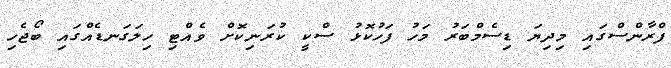
ފްރާންސްގައި މިދިޔަ ޑިސެމްބަރު މަހު ފަހުކޮޅު ސްކީ ކުރަނިކޮށް ވެއްޓި ހިލަގަނޑެއްގައި ބޯޖެހި